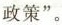
政策”。